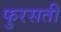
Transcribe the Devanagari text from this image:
फुरसती